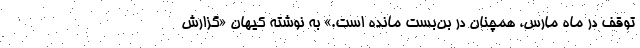
توقف در ماه مارس، همچنان در بن‌بست مانده است.» به نوشته کیهان «گزارش